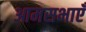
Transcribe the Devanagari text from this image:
आमसभाएँ